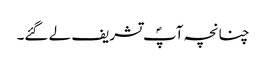
چنانچہ آپؐ تشریف لے گئے۔